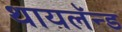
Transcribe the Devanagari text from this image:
थायलॅन्ड